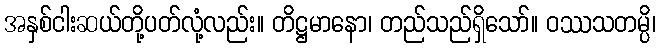
အနှစ်ငါးဆယ်တို့ပတ်လုံ့လည်း။ တိဋ္ဌမာနော၊ တည်သည်ရှိသော်။ ဝဿသတမ္ပိ၊